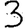
Digit: 3